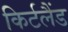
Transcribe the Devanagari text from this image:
किर्टलैंड